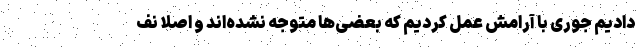
دادیم جوری با آرامش عمل کردیم که بعضی‌ها متوجه نشده‌اند و اصلا نف